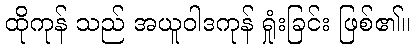
ထိုကုန် သည် အယူဝါဒကုန် ရှုံးခြင်း ဖြစ်၏။